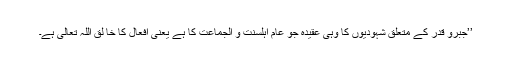
’’جبرو قدر کے متعلق شہودیوں کا وہی عقیدہ جو عام اہلسنّت و الجماعت کا ہے یعنی افعال کا خا لق اللہ تعالیٰ ہے۔